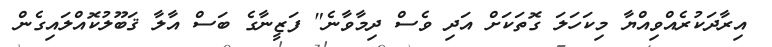
އިރާދަކުރެއްވިއްޔާ މިކަހަލަ ގޮތަކަށް އަދި ވެސް ދިމާވާނެ" ފަޒީނާގެ ބަސް އާލާ ޤަބޫލުކޮއްލައިގެން